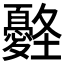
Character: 𡔀